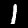
Digit: 1